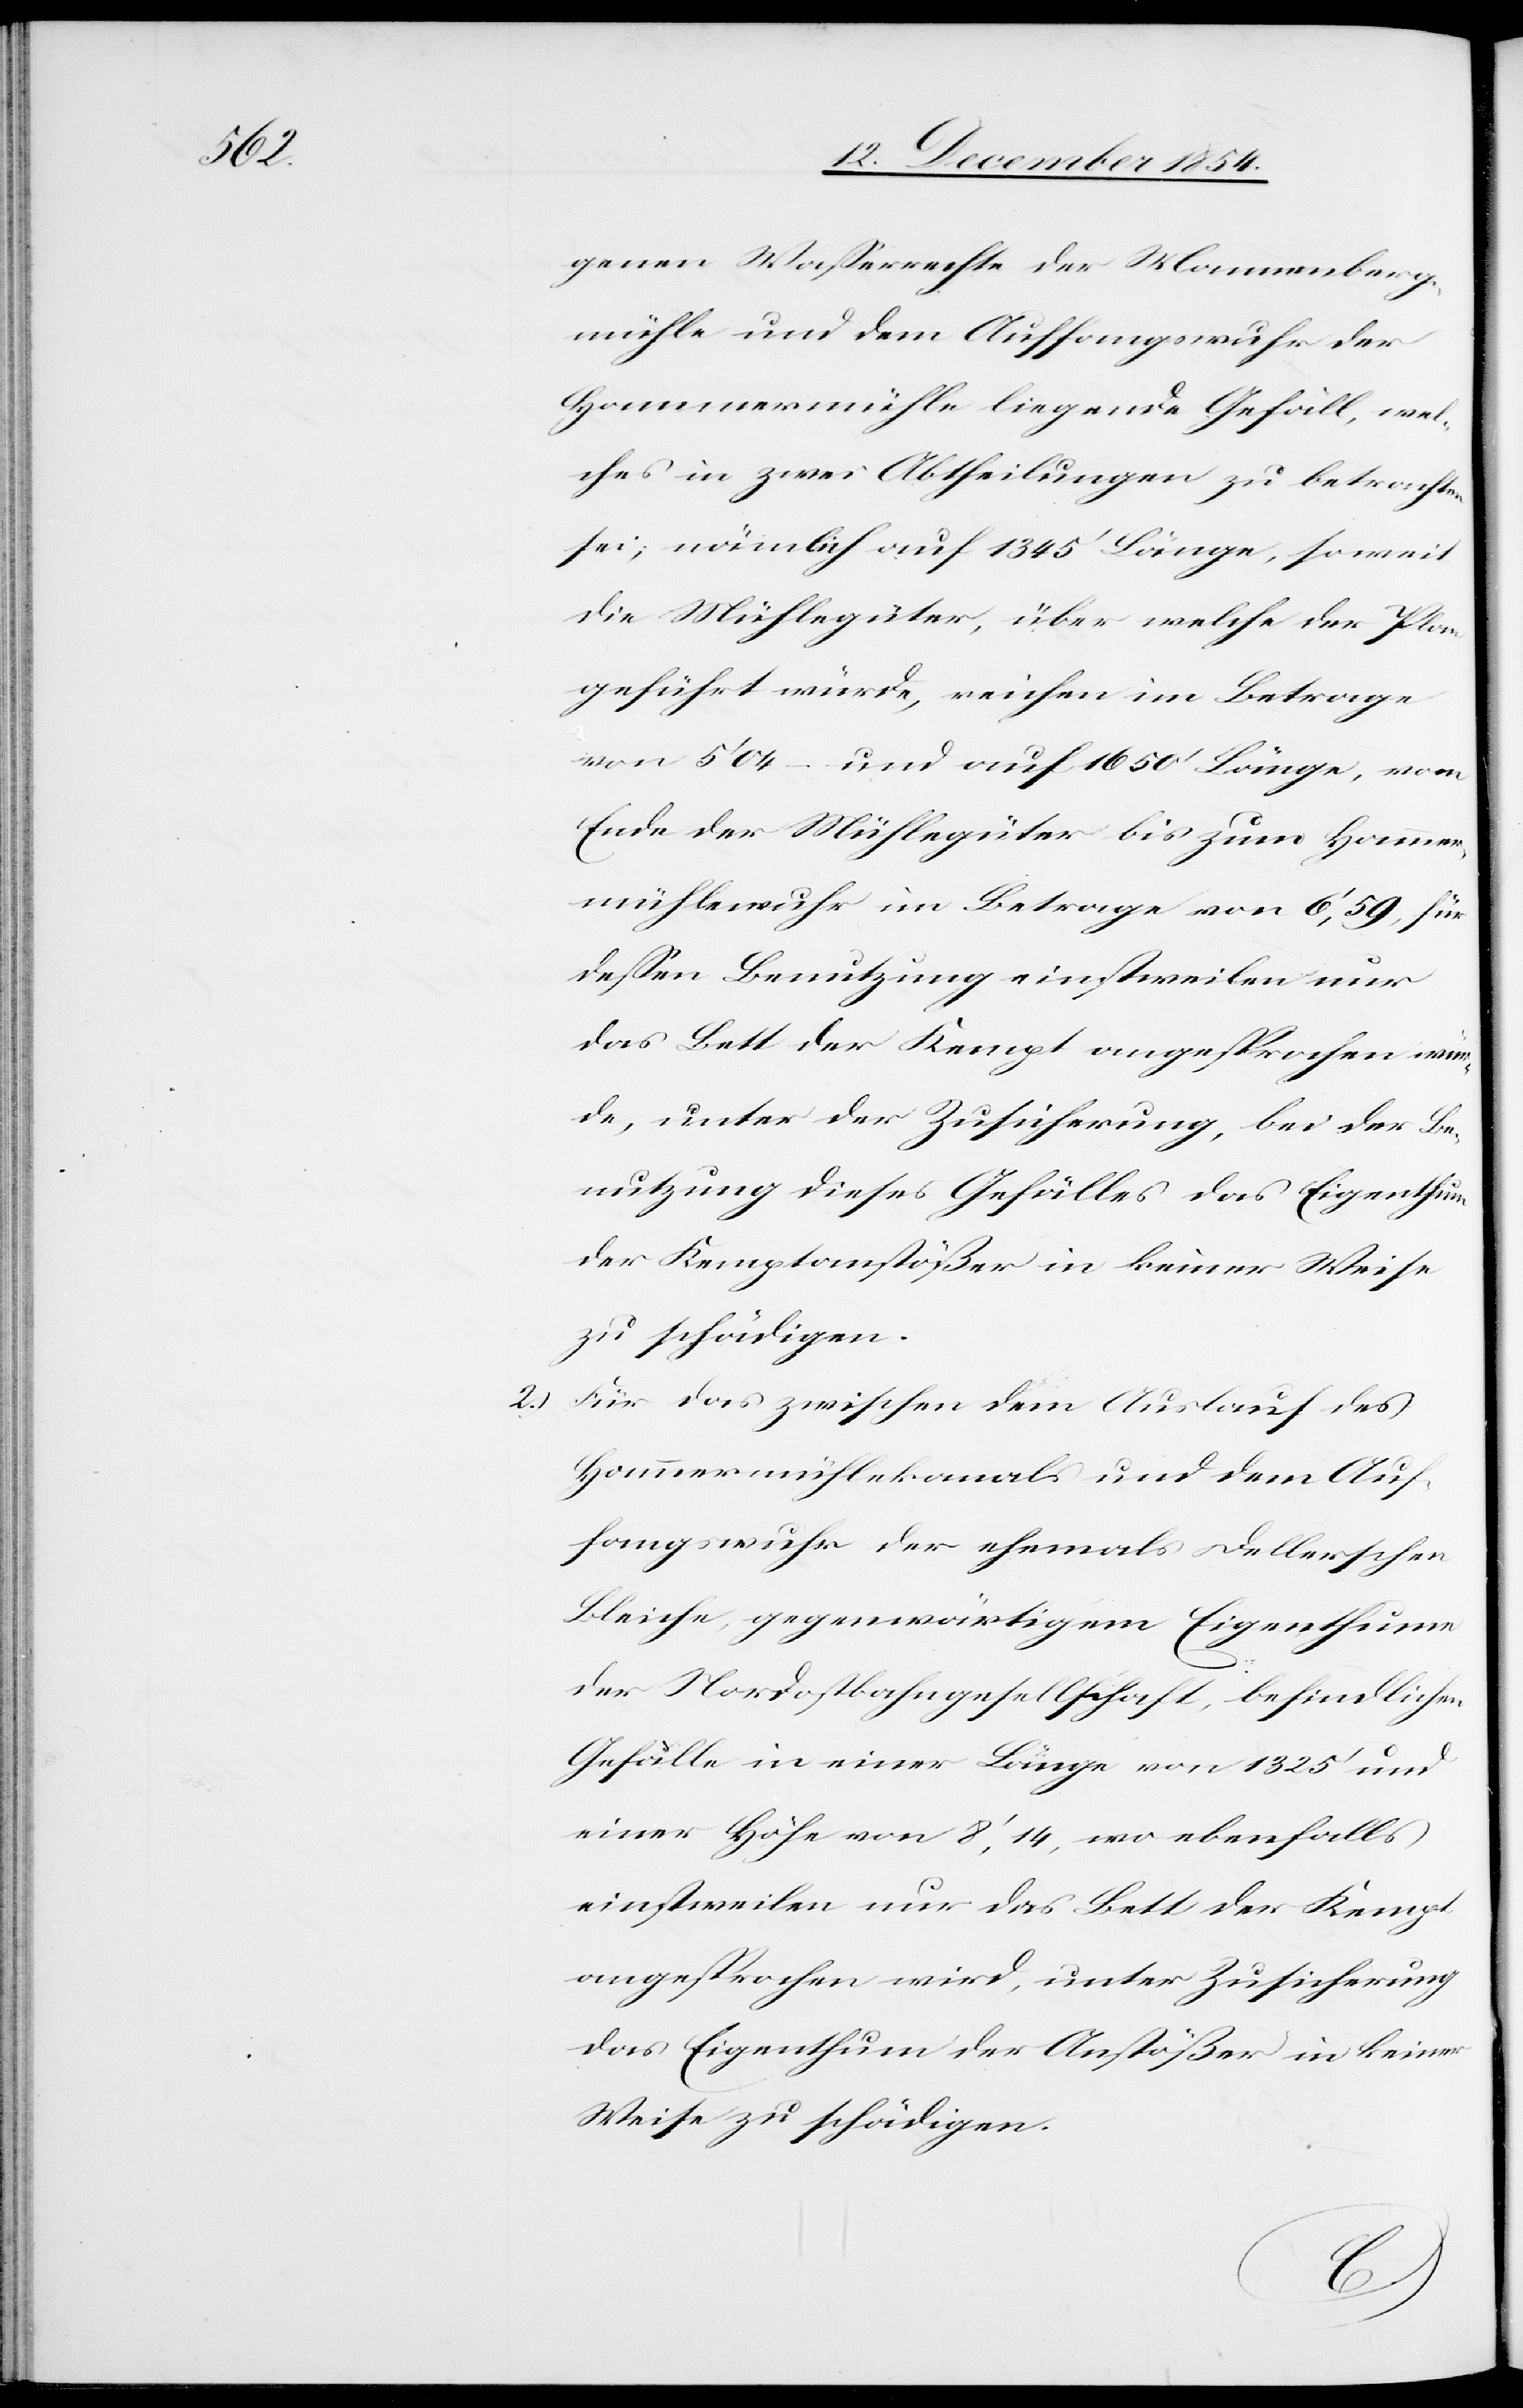
genen Waßerrechte der Mannenberg¬
mühle und dem Auffangswuhr der
Hammermühle liegende Gefäll, wel¬
ches in zwei Abtheilungen zu betrachten
sei; nämlich auf 1345‘ Länge, soweit
die Mühlegüter, über welche der Plan
geführt würde, reichen im Betrage
von 5‘ 04 – und auf 1650‘ Länge, vom
Ende der Mühlegüter bis zum Hammer¬
mühlewuhr im Betrage von 6‘, 59, für
deßen Benutzung einstweilen nur
das Bett der Kempt angesprochen wür¬
de, unter der Zusicherung, bei der Be¬
nutzung dieses Gefälles das Eigenthum
der Kemptanstößer in keiner Weise
zu schädigen.
2.) Für das zwischen dem Auslauf des
Hammermühlekanals und dem Auf¬
fangswuhr der ehemals Dellerschen
Bleiche, gegenwärtigem Eigenthum
der Nordostbahngesellschaft, befindlichen
Gefälle in einer Länge von 1325‘ und
einer Höhe von 8‘, 14, wo ebenfalls
einstweilen nur das Bett der Kempt
angesprochen wird, unter Zusicherung
das Eigenthum der Anstößer in keiner
Weise zu schädigen.